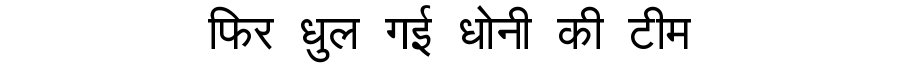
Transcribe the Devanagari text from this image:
फिर धुल गई धोनी की टीम